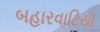
બહારવાટિયો